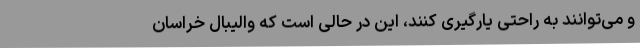
و می‌توانند به راحتی یارگیری کنند، این در حالی است که والیبال خراسان